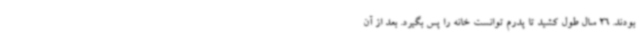
بودند. 26 سال طول کشید تا پدرم توانست خانه را پس بگیرد. بعد از آن